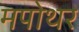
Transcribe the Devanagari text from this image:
मपोथर